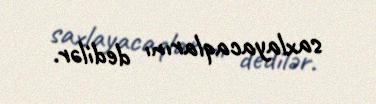
saxlayacaqlarını dedilər.